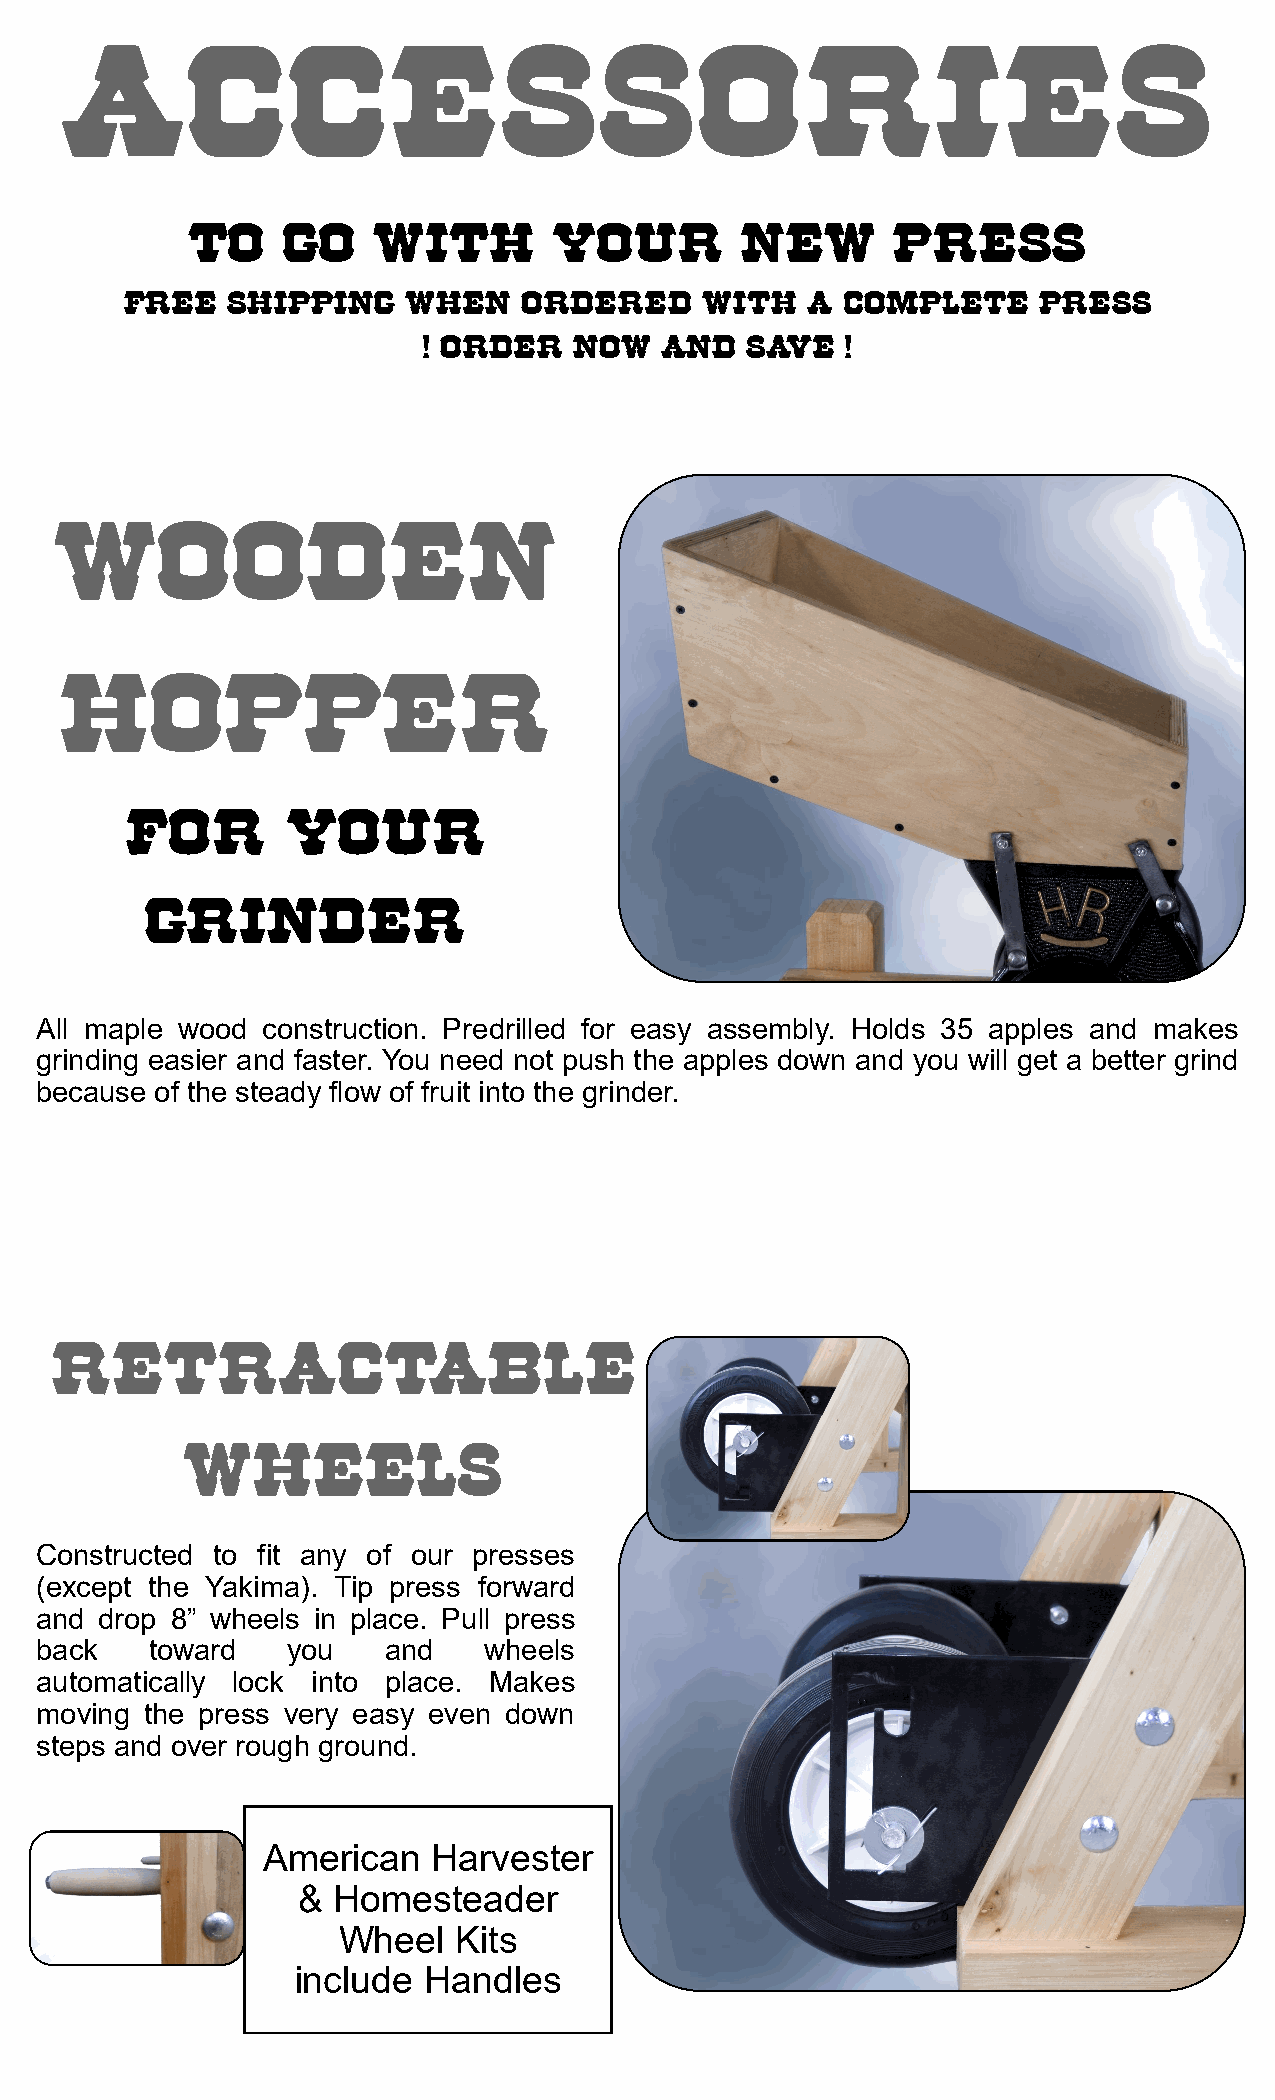
ACCESSORIES
 TO     GO    WITH        YOUR        NEW       PRESS
 FREE   SHIPPING    WHEN    ORDERED     WITH  A  COMPLETE     PRESS
 ! ORDER   NOW   AND  SAVE   !
 WOODEN
 HOPPER
 FOR        YOUR
 GRINDER
 All maple wood construction. Predrilled for easy assembly. Holds 35 apples and makes
 grinding easier and faster. You need not push the apples down and you will get a better grind
 because of the steady flow of fruit into the grinder.
 RETRACTABLE
 WHEELS
 Constructed to fit any of our presses
 (except the Yakima). Tip press forward
 and  drop 8” wheels in place. Pull press
 back    toward   you   and    wheels
 automatically lock into place. Makes
 moving  the press very easy even down
 steps and over rough ground.
 American    Harvester
 & Homesteader
 Wheel   Kits
 include Handles